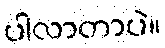
ပါလာတာပဲ။